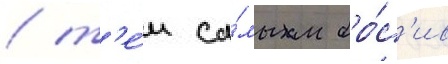
/ т'е́м са́мым бро́с'ив